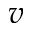
v